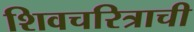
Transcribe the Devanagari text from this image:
शिवचरित्राची